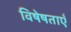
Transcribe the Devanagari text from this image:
विषेषताएँ